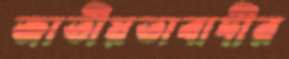
জাতীয়তাবাদীর